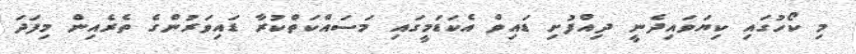
މި ކޯހުގައި ކިޔަވައިދެނީ ދިއްފުށި ޑައިވް އެކަޑަމީގައި މަސައްކަތްކުރާ ޑައިވަރުންގެ ތެރެއިން މިފަދަ